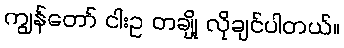
ကျွန်တော် ငါးဥ တချို့ လိုချင်ပါတယ်။